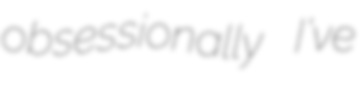
obsessionally I've